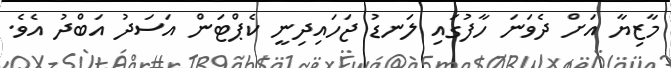
މާޒިޔާ އަށް ދެވަނަ ހާފުގައި ލަނޑު ޖަހައިދިނީ ކެޕްޓަން އަސަދު އަބްދު އެވެ.